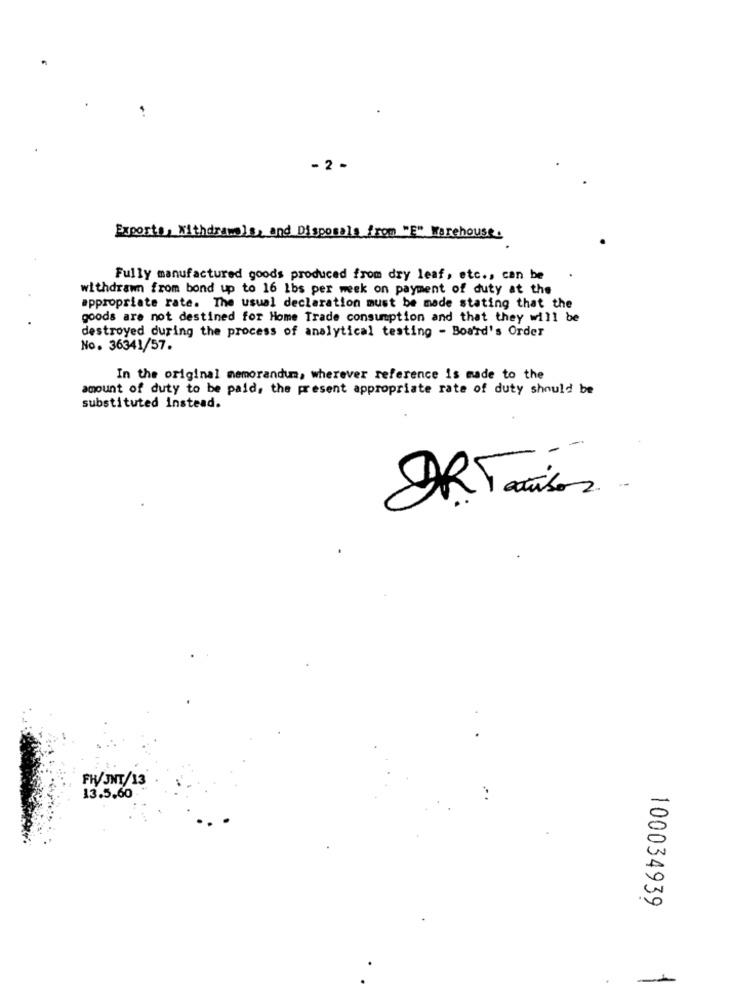
- 2 -
Exporta, Withdrawals, and Disposals from "E" Warehouse.
Fully manufactured goods produced from dry leaf, etc ., can be
withdrawn from bond up to 16 1bs per week on payment of duty at the
appropriate rate. The usual declaration must be made stating that the
goods are not destined for Home Trade consumption and that they will be
destroyed during the process of analytical testing - Board's Order
No. 36341/57.
In the original memorandum, wherever reference is made to the
amount of duty to be paid, the present appropriate rate of duty should be
substituted instead.
FHV/JNT/13
13.5,60
100034939
.-